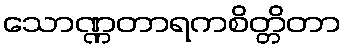
သောဏ္ဏတာရကစိတ္တိတာ